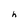
Character: h